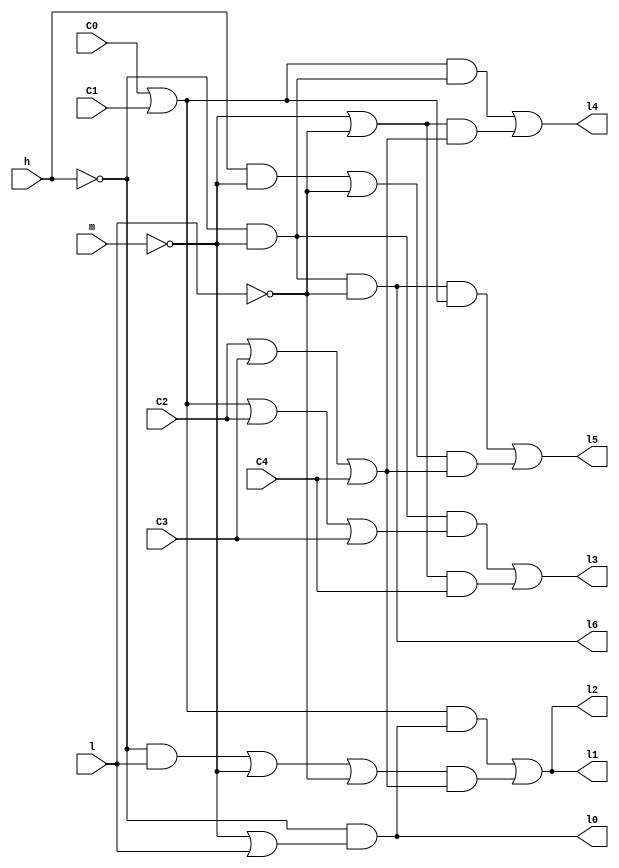
module decoderNivelDagua(h, m, l, C0, C1, C2, C3, C4, l0, l1, l2, l3, l4, l5, l6);

// Declaraao das portas
	input h, m, l, C0, C1, C2, C3, C4;
	output l0, l1, l2, l3, l4, l5, l6;

	// Declaraao de fios intermediarios
	wire and1wire, and2wire, and3wire, and4wire, and5wire, and6wire, and9wire, and10wire, and11wire, and12wire, and13wire, and15wire;
	wire or0wire, or1wire, or2wire, or3wire, or6wire, or7wire, or10wire;
	wire H_, M_, L_;


	// Logica do circuito

	// Entradas "H", "M", "L" barradas
	not not0 (H_, h);
	not not1 (M_, m);
	not not2 (L_, l);

	// Linha 0
	or or0 (or0wire, M_, l);
	and and0 (l0, H_, or0wire);

	// Linha 1
	or or1 (or1wire, C0, C1);
	and and1 (and1wire, or1wire, l0);
	or or2 (or2wire, C2, C3, C4);
	and and2 (and2wire, H_, l);
	or or3 (or3wire, and2wire, M_, L_);
	and and3 (and3wire, or3wire, or2wire);
	or or4 (l1, and1wire, and3wire);

	// Linha 2
	or or5 (l2, and1wire, and3wire);

	// Linha 3
	and and4 (and4wire, H_, M_);
	or or6 (or6wire, C0, C1, C2, C3);
	and and5 (and5wire, and4wire, or6wire);
	or or7 (or7wire, M_, L_);
	and and6 (and6wire, or7wire, C4);
	or or8 (l3, and5wire, and6wire);

	// Linha 4
	and and9 (and9wire, or1wire, and4wire);
	and and10 (and10wire, or7wire, or2wire);
	or or9 (l4, and9wire, and10wire);

	// Linha 5
	and and11 (and11wire, H_, M_, L_);
	and and12 (and12wire, and11wire, or1wire);
	and and13 (and13wire, h, M_);
	or or10 (or10wire, and13wire, L_);
	and and15 (and15wire, or10wire, or2wire);
	or or11 (l5, and12wire, and15wire);

	// Linha 6
	and and16 (l6, H_, M_, L_);

endmodule